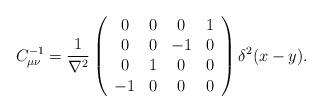
LaTeX: \begin{align*}C^{-1}_{\mu\nu} = \frac{1}{\nabla^2} \left ( \begin{array}{cccc} 0 & 0 & 0 & 1 \\ 0 & 0 & -1 & 0 \\ 0 & 1 & 0 & 0 \\ -1 & 0 & 0 & 0 \\ \end{array} \right) \delta^2(x-y).\end{align*}